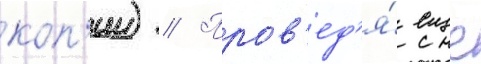
коп'ии) // Пров'ед'я́ еще